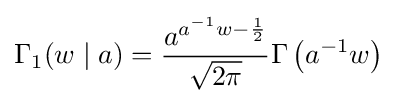
\Gamma _{1}(w\mid a)={\frac {a^{a^{-1}w-{\frac {1}{2}}}}{\sqrt {2\pi }}}\Gamma \left(a^{-1}w\right)\